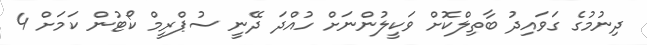
ދިނުމުގެ ގަވައިދު ބާތިލްކޮށް ވަކީލުންނަށް ހުއްދަ ދޭނީ ސުޕްރީމް ކޯޓުން ކަމަށް 4